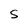
Character: S